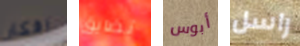
افكار تضايق أبوس راسل